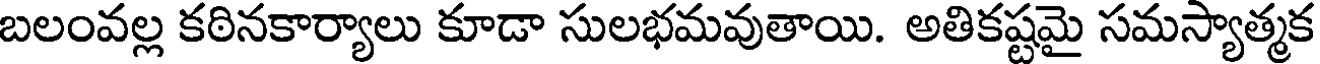
బలంవల్ల కఠినకార్యాలు కూడా సులభమవుతాయి. అతికష్టమై సమస్యాత్మక